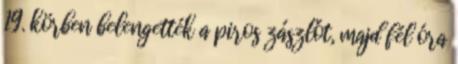
19. körben belengették a piros zászlót, majd fél óra